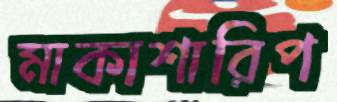
মাকাশারিপ